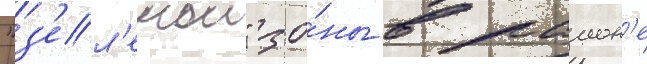
"з'ел'енои" зо́ны в раион'е